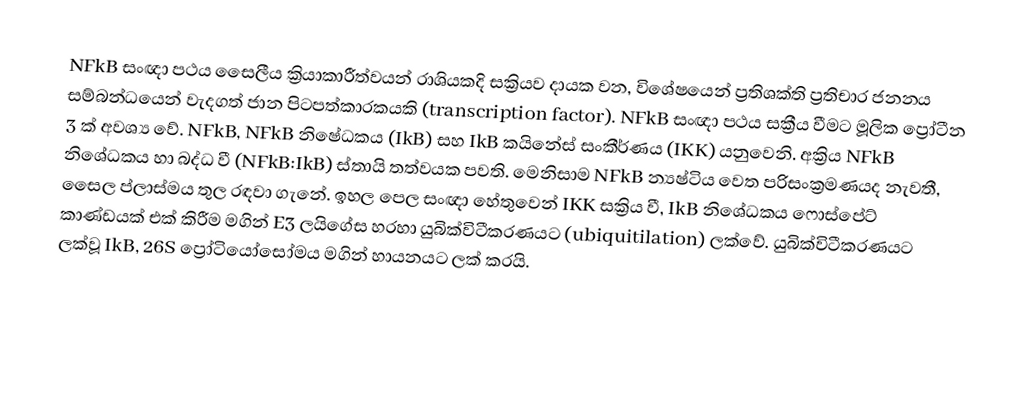
NFkB සංඥා පථය සෛලීය ක්‍රියාකාරීත්වයන් රාශියකදි සක්‍රියව දායක වන, විශේෂයෙන් ප්‍රතිශක්ති ප්‍රතිචාර ජනනය සම්බන්ධයෙන් වැදගත් ජාන පිටපත්කාරකයකි (transcription factor). NFkB සංඥා පථය සක්‍රීය වීමට මූලික ප්‍රෝටීන 3 ක් අවශ්‍ය වේ. NFkB,  NFkB නිෂේධකය (IkB) සහ IkB කයිනේස් සංකීර්ණය (IKK) යනුවෙනි. අක්‍රිය NFkB නිශේධකය හා බද්ධ වී (NFkB:IkB) ස්තායි තත්වයක පවති. මෙනිසාම NFkB න්‍යෂ්ටිය වෙත පරිසංක්‍රමණයද නැවතී, සෛල ප්ලාස්මය තුල රඳවා ගැනේ. ඉහල පෙල සංඥා හේතුවෙන් IKK සක්‍රිය වී, IkB නිශේධකය ෆොස්පේට් කාණ්ඩයක් එක් කිරීම මගින් E3 ලයිගේස හරහා යුබික්විටීකරණයට (ubiquitilation) ලක්වේ.  යුබික්විටීකරණයට ලක්වූ IkB, 26S ප්‍රෝටියෝසෝමය මගින් හායනයට ලක් කරයි.